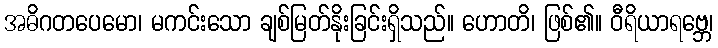
အဓိဂတပေမော၊ မကင်းသော ချစ်မြတ်နိုးခြင်းရှိသည်။ ဟောတိ၊ ဖြစ်၏။ ဝီရိယာရဗ္ဘေ၊